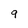
Character: 9